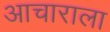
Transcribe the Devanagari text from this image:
आचाराला